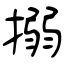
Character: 搦